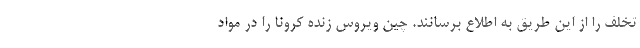
تخلف را از این طریق به اطلاع برسانند. چین ویروس زنده کرونا را در مواد